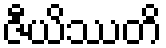
ဇီယိဿတိ